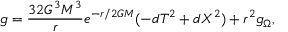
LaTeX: g = { \frac { 3 2 G ^ { 3 } M ^ { 3 } } { r } } e ^ { - r / 2 G M } ( - d T ^ { 2 } + d X ^ { 2 } ) + r ^ { 2 } g _ { \Omega } ,